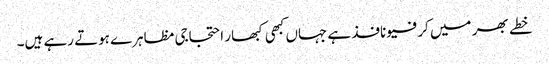
خطے بھر میں کرفیو نافذ ہے جہاں کبھی کبھار احتجاجی مظاہرے ہوتے رہے ہیں۔